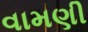
વામણી